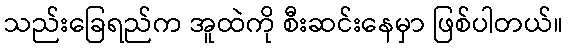
သည်းခြေရည်က အူထဲကို စီးဆင်းနေမှာ ဖြစ်ပါတယ်။